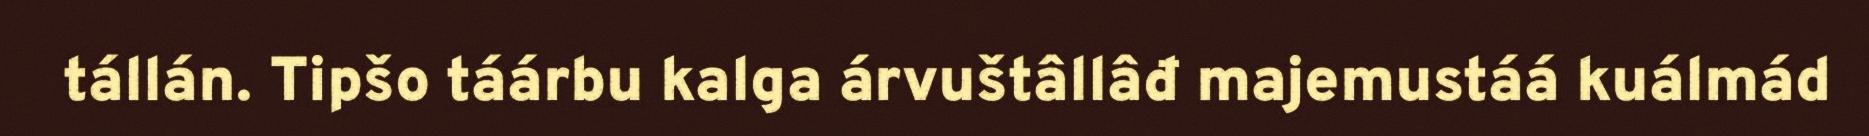
tállán. Tipšo táárbu kalga árvuštâllâđ majemustáá kuálmád